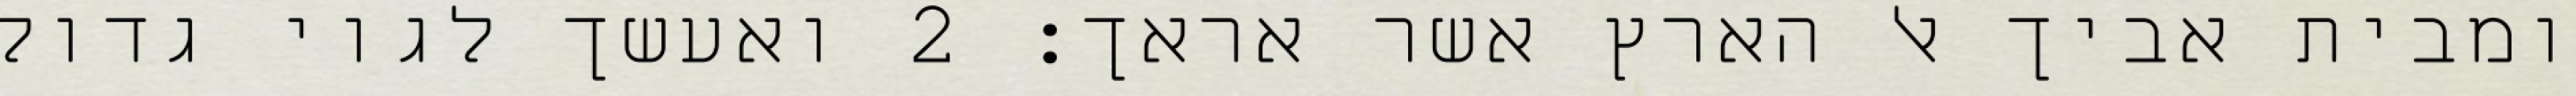
ומבית אביך אל הארץ אשר אראך׃ ‎2‏ ואעשך לגוי גדול